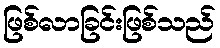
ဖြစ်လာခြင်းဖြစ်သည်